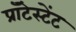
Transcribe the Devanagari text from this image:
प्रॉटेस्टेंट